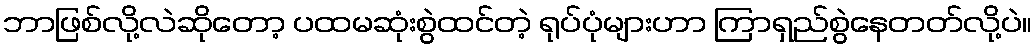
ဘာဖြစ်လို့လဲဆိုတော့ ပထမဆုံးစွဲထင်တဲ့ ရုပ်ပုံများဟာ ကြာရှည်စွဲနေတတ်လို့ပဲ။